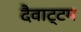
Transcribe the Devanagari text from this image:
दैवाट्टम